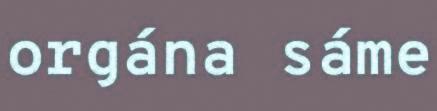
orgána sáme